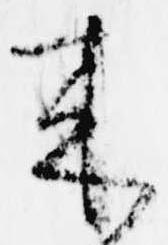
来